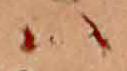
ハ